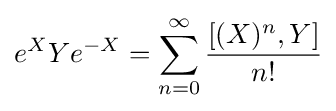
e^{X}Ye^{-X}=\sum _{n=0}^{\infty }{\frac {[(X)^{n},Y]}{n!}}